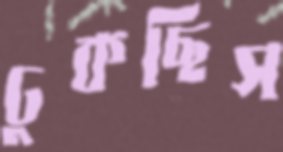
ঢুকছিস